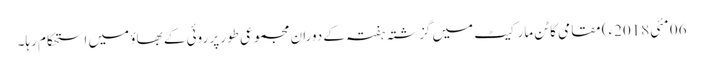
06 مئی2018ء) مقامی کاٹن مارکیٹ میں گزشتہ ہفتہ کے دوران مجموعی طورپر روئی کے بھاؤ میں استحکام رہا۔